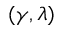
( \gamma , \lambda )